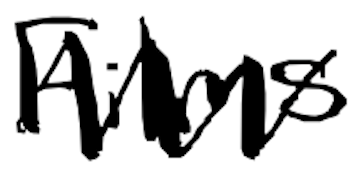
Text: Films
Cross-out: mix
Writing tool: digital_black